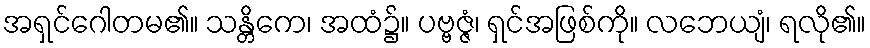
အရှင်ဂေါတမ၏။ သန္တိကေ၊ အထံ၌။ ပဗ္ဗဇ္ဇံ၊ ရှင်အဖြစ်ကို။ လဘေယျံ၊ ရလို၏။